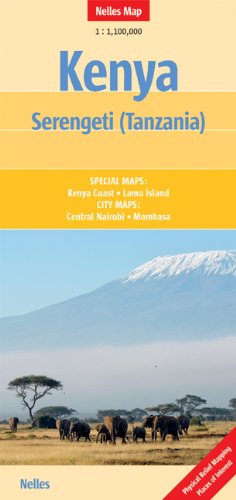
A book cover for Kenya and the Serengeti Nelles Map (English, French and German Edition); Nelles Maps; Travel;